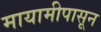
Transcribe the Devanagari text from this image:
मायामीपासून